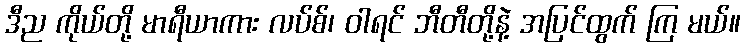
ဒီည ကိုယ်တို့ မာရီယာကား လပ်စ်၊ ဝါရင် ဘီတီတို့နဲ့ အပြင်ထွက် ကြ မယ်။